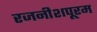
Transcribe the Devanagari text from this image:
रजनीशपूरम